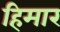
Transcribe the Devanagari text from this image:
हिमार